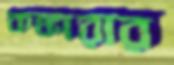
কঙ্কারার